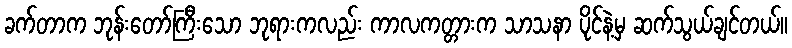
ခက်တာက ဘုန်းတော်ကြီးသော ဘုရားကလည်း ကာလကတ္တားက သာသနာ ပိုင်နဲ့မှ ဆက်သွယ်ချင်တယ်။